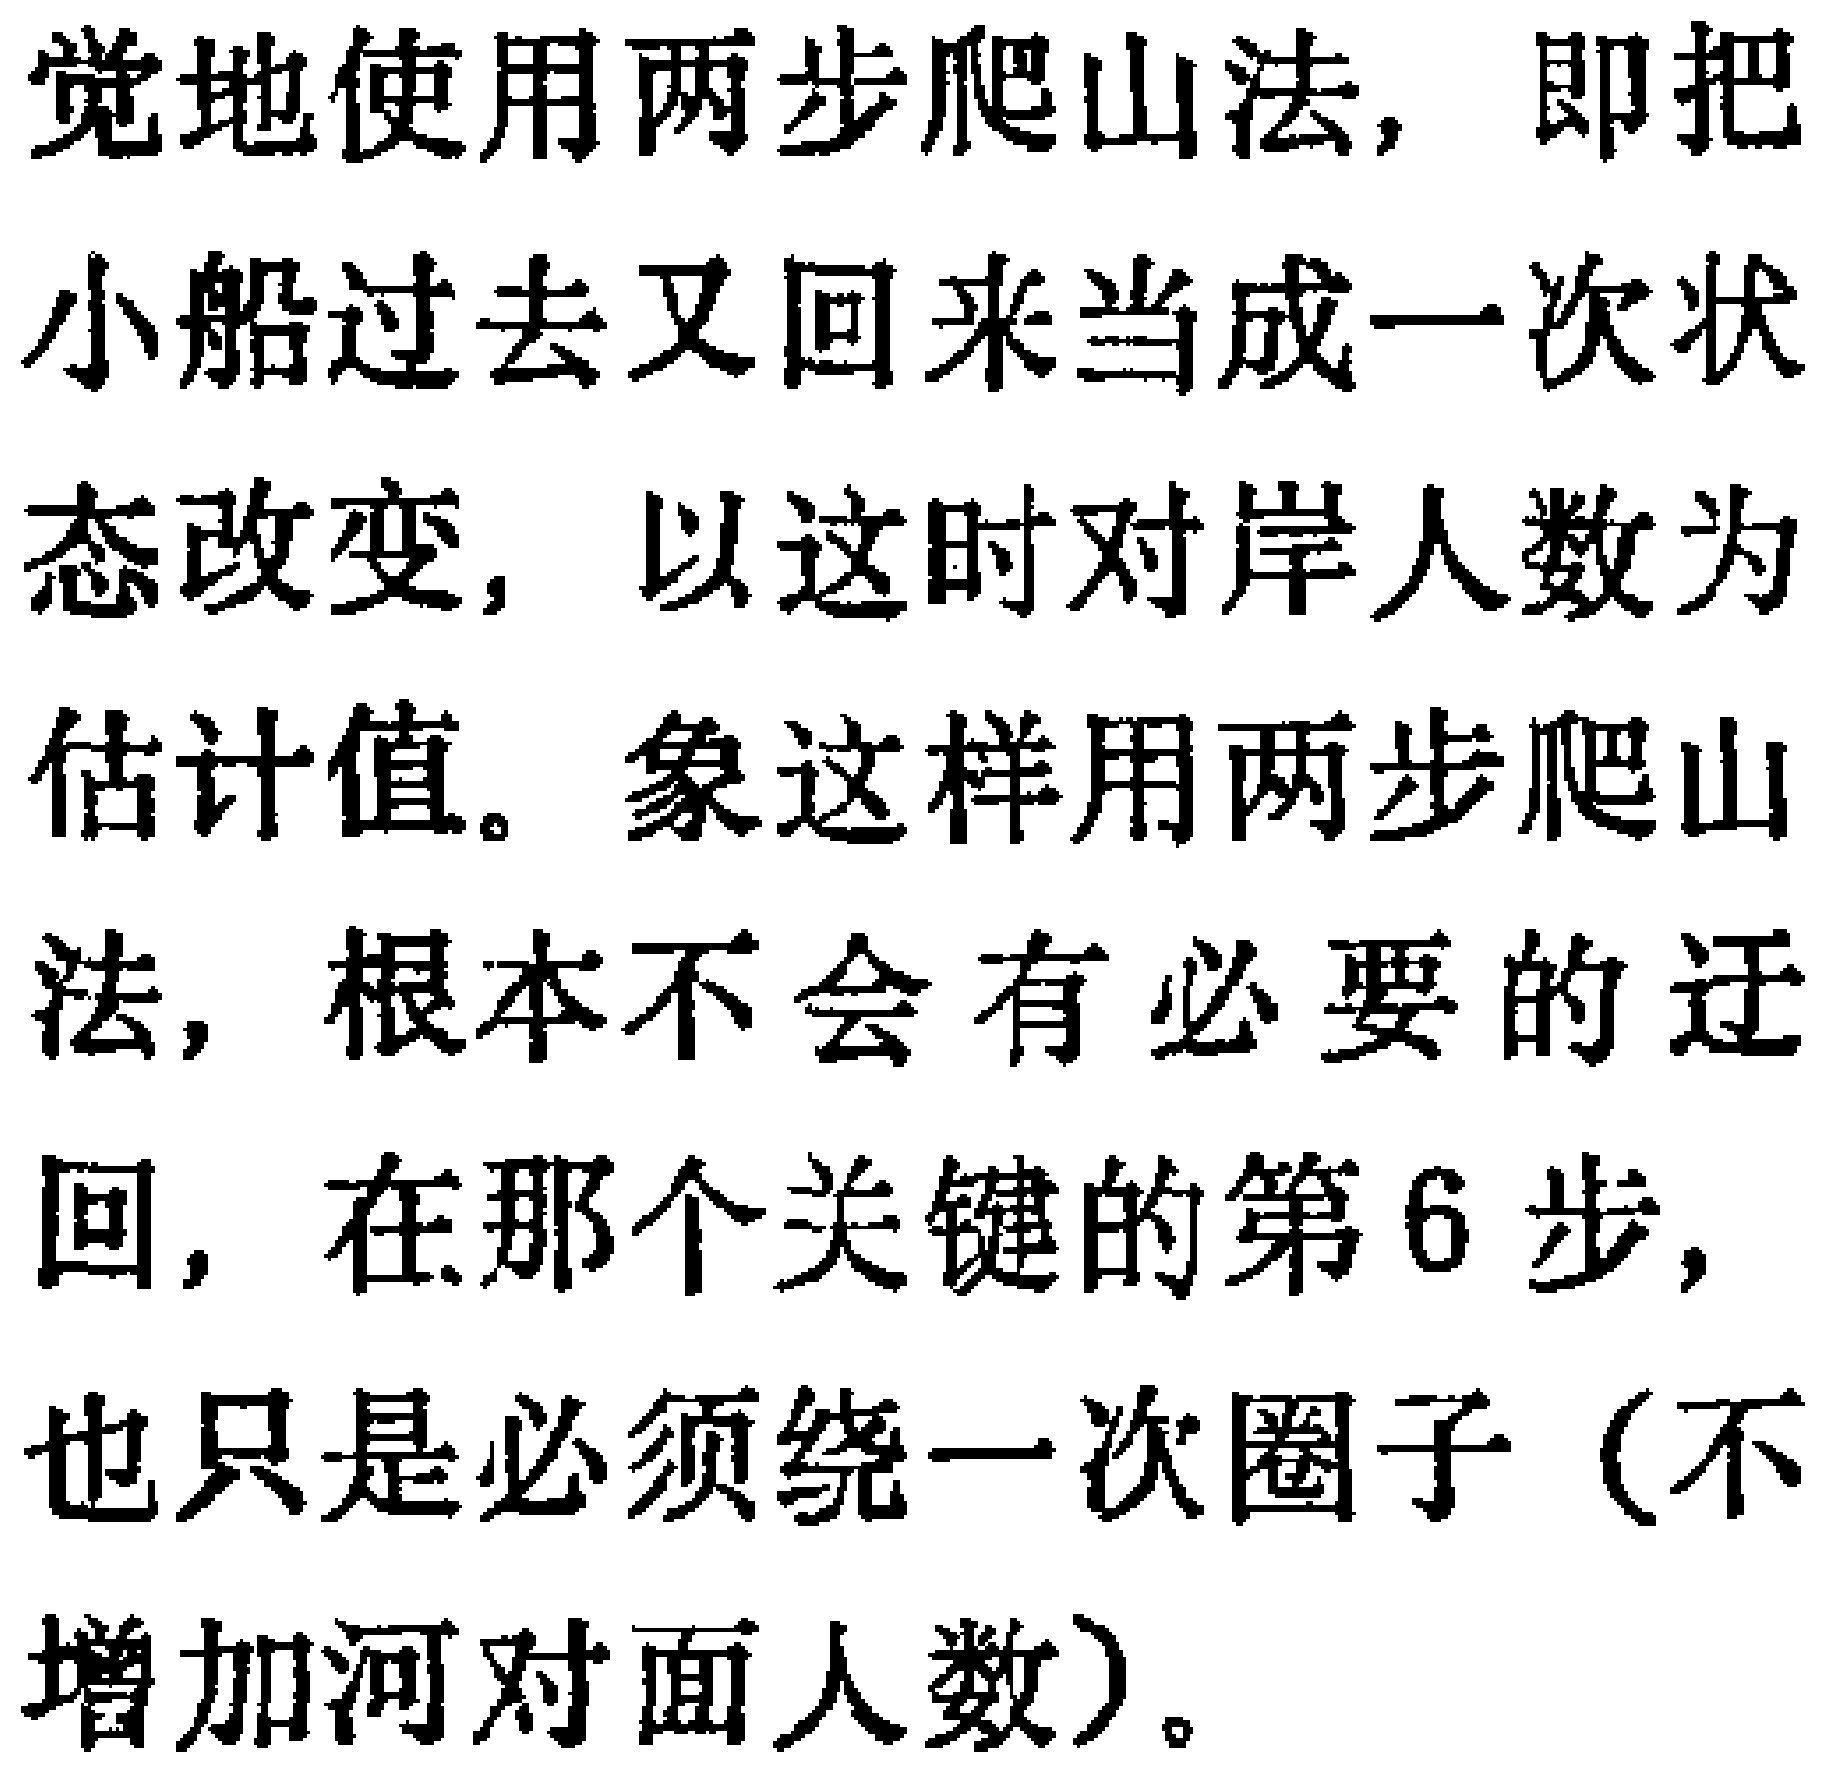
觉地使用两步爬山法，即把
小船过去又回来当成一次状
态改变，以这时对岸人数为
估计值。象这样用两步爬山
法，根本不会有必要的迂
回，在那个关键的第6步，
也只是必须绕一次圈子（不
增加河对面人数）。